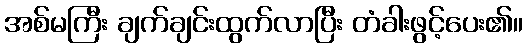
အစ်မကြီး ချက်ချင်းထွက်လာပြီး တံခါးဖွင့်ပေး၏။